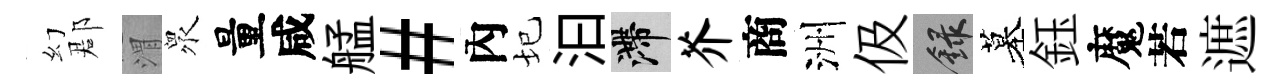
幻郡渭衆量咸艋#內圮汩滯芥商洲伋録墓鈺魔若遮